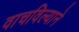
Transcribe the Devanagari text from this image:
वाचविल्याने